Scientific memoirs by medical officers of the Army of India - Part IX,
Year: 1895
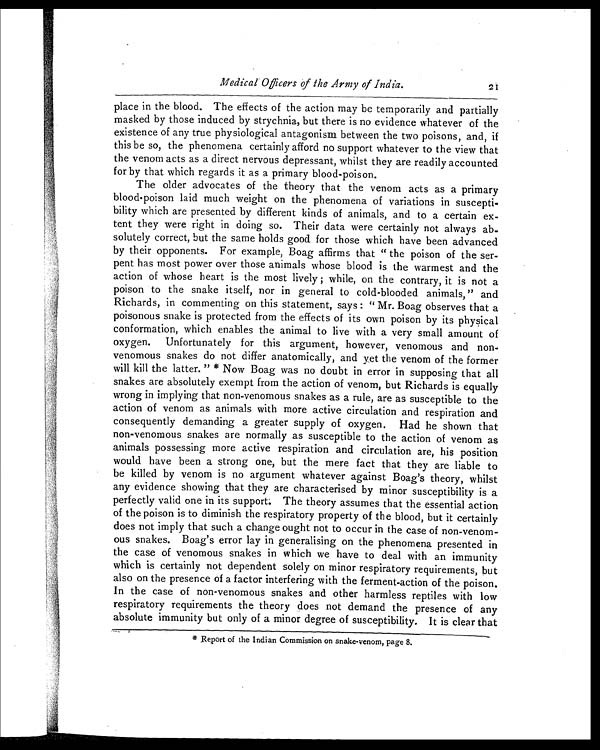
Medical Officers of the Army of India.
2 1
place in the blood. The effects of the action may be temporarily and partially
masked by those induced by strychnia, but there is no evidence whatever of the
existence of any true physiological antagonism between the two poisons, and, if
this be so, the phenomena certainly afford no support whatever to the view that
the venom acts as a direct nervous depressant, whilst they are readily accounted
for by that which regards it as a primary blood-poison.
The older advocates of the theory that the venom acts as a primary
blood poison laid much weight on the phenomena of variations in suscepti-
bility which are presented by different kinds of animals, and to a certain ex-
tent they were right in doing so. Their data were certainly not always ab-
solutely correct, but the same holds good for those which have been advanced
by their opponents. For example, Boag affirms that " the poison of the ser-
pent has most power over those animals whose blood is the warmest and the
action of whose heart is the most lively ; while, on the contrary, it is not a
poison to the snake itself, nor in general to cold-blooded animals," and
Richards, in commenting on this statement, says : " Mr. Boag observes that a
poisonous snake is protected from the effects of its own poison by its physical
conformation, which enables the animal to live with a very small amount of
oxygen. Unfortunately for this argument, however, venomous and non-
venomous snakes do not differ anatomically, and yet the venom of the former
will kill the latter. " * Now Boag was no doubt in error in supposing that all
snakes are absolutely exempt from the action of venom, but Richards is equally
wrong in implying that nonvenomous snakes as a rule, are as susceptible to the
action of venom as animals with more active circulation and respiration and
consequently demanding a greater supply of oxygen. Had he shown that
non-venomous snakes are normally as susceptible to the action of venom as
animals possessing more active respiration and circulation are, his position
would have been a strong one, but the mere fact that they are liable to
be killed by venom is no argument whatever against Boag's theory, whilst
any evidence showing that they are characterised by minor susceptibility is a
perfectly valid one in its support. The theory assumes that the essential action
of the poison is to diminish the respiratory property of the blood, but it certainly
does not imply that such a change ought not to occur in the case of non-venom-
ous snakes. Boag's error lay in generalising on the phenomena presented in
the case of venomous snakes in which we have to deal with an immunity
which is certainly not dependent solely on minor respiratory requirements, but
also on the presence of a factor interfering with the ferment-action of the poison.
In the case of non-venomous snakes and other harmless reptiles with low
respiratory requirements the theory does not demand the presence of any
absolute immunity but only of a minor degree of susceptibility. It is clear that
* Report of the Indian Commission on snake-venom, page 8.